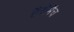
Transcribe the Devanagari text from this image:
हैरोमैच